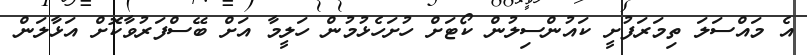
އެ މައްސަލަ ތިމަރަފުށީ ކައުންސިލުން ކޯޓަށް ހުށަހެޅުމުން ހަލީމާ އަށް ބޭސްފަރުވާކޮށް އަޅާލަން